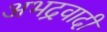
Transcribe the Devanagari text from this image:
अभद्रवादी